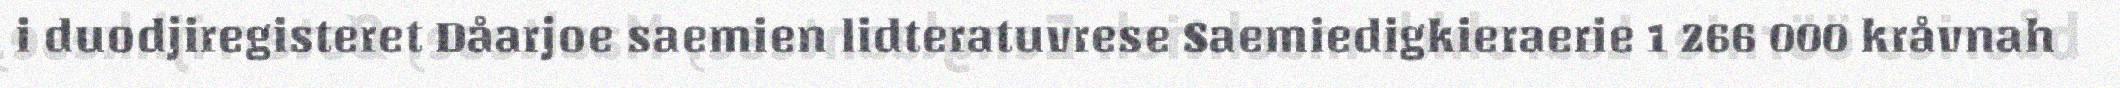
i duodjiregisteret Dåarjoe saemien lidteratuvrese Saemiedigkieraerie 1 266 000 kråvnah